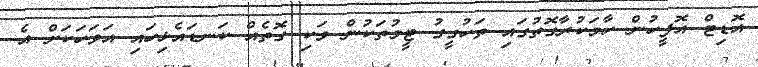
އޮޑިޓް އޮފީހުން ހާމަކުރާގޮތުގައި ތަހުގީގު ޓީމުތަކުން ވަކި ގޮތެއް ކަނޑައެޅިހައި އަވަހަކަށް އެ